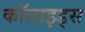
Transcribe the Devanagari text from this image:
कॉसाइड्स